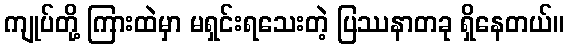
ကျုပ်တို့ ကြားထဲမှာ မရှင်းရသေးတဲ့ ပြဿနာတခု ရှိနေတယ်။